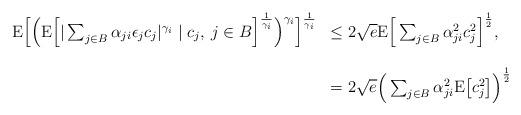
LaTeX: \begin{align*}\begin{array}{rl}{\rm E} \Big[\Big({\rm E} \Big[|\sum_{j\in B}\alpha_{ji}\epsilon_j c_j |^{\gamma_i}\mid c_j,\: j\in B \Big]^{\frac1{\gamma_i}}\Big)^{\gamma_i}\Big]^{\frac1{\gamma_i}}& \leq 2\sqrt{e}{\rm E} \Big[\sum_{j\in B}\alpha_{ji}^2c_j^2 \Big]^{\frac12},\\& \\& = 2\sqrt{e}\Big(\sum_{j\in B}\alpha_{ji}^2{\rm E}\big[c_j^2\big]\Big)^{\frac12} \end{array}\end{align*}